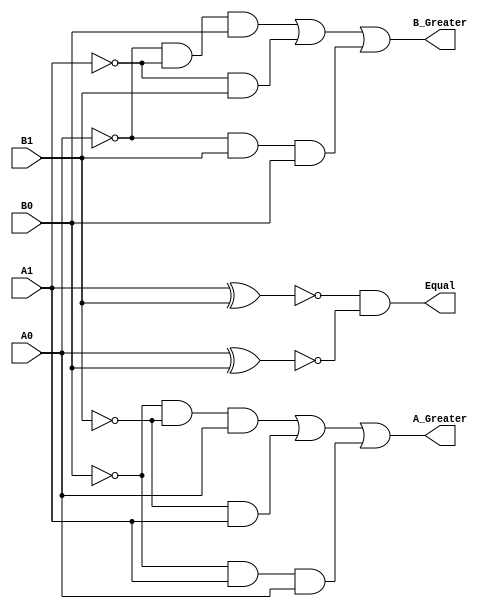
// Sankatmochan Bot : Task 1 A : 4Bit Comparator
/*
Instructions
-------------------
Students are not allowed to make any changes in the Module declaration.
This file is used to design 2 bit comparator.

Recommended Quartus Version : 19.1
The submitted project file must be 19.1 compatible as the evaluation will be done on Quartus Prime Lite 19.1.

Warning: The error due to compatibility will not be entertained.
			Do not make any changes to Test_Bench_Vector.txt file. Violating will result into Disqualification.
-------------------
*/

//2 bit comparator design
//Inputs (2 bit): A1,A0,B1,B0
//Outputs : A_Greater (A>B), Equal (A=B), B_Greater (A<B)

//////////////////DO NOT MAKE ANY CHANGES IN MODULE//////////////////
module Two_Bit_Comparator(
	input		A1,               //MSB OF INPUT A   
	input		A0,					//LSB OF INPUT A	
	input		B1,					//MSB OF INPUT B
	input		B0,					//LSB OF INPUT B					
	output	A_Greater,			//OUTPUT BIT A>B
	output	Equal,				//OUTPUT BIT A=B
	output	B_Greater			//OUTPUT BIT A<B
);

////////////////////////WRITE YOUR CODE FROM HERE//////////////////// 
 wire tmp1,tmp2,tmp3,tmp4,tmp5, tmp6, tmp7, tmp8;  
 
 // A = B output    
	xnor u1(tmp1,A1,B1);  
	xnor u2(tmp2,A0,B0);
	and u3(Equal,tmp1,tmp2);  
	
	assign tmp3 = (~A0)& (~A1)& B0;  
	assign tmp4 = (~A1)& B1;  
	assign tmp5 = (~A0)& B1& B0;  
	assign B_Greater = tmp3 | tmp4 | tmp5; 
 
 // A greater than B output   
 assign tmp6 = (~B0)& (~B1)& A0;  
 assign tmp7 = (~B1)& A1;  
 assign tmp8 = (~B0)& A1& A0;  
 assign A_Greater = tmp6 | tmp7 | tmp8;  
	
////////////////////////YOUR CODE ENDS HERE//////////////////////////
endmodule
///////////////////////////////MODULE ENDS///////////////////////////